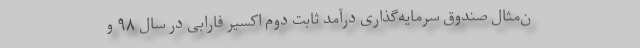
ن‌مثال صندوق سرمایه‌گذاری درآمد ثابت دوم اکسیر فارابی در سال ۹۸ و